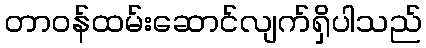
တာဝန်ထမ်းဆောင်လျက်ရှိပါသည်